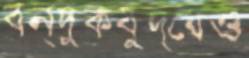
বন্দুকযুদ্ধেও